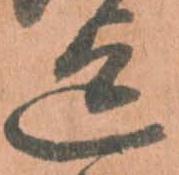
迄